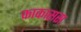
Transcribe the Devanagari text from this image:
काकासस